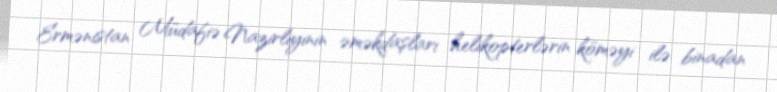
Ermənistan Müdafiə Nazirliyinin əməkdaşları helikopterlərin köməyi ilə binadan